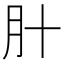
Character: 𬁰